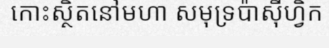
កោះស្ថិតនៅមហា សមុទ្រប៉ាស៊ីហ្វិក